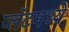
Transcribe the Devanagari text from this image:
प्लॅटमध्ये